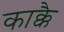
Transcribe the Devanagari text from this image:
काक्कै